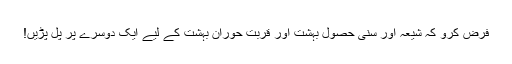
فرض کرو کہ شیعہ اور سُنّی حصولِ بہشت اور قربتِ حورانِ بہشت کے لیے ایک دوسرے پر پل پڑیں!